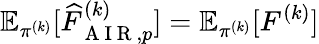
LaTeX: \mathbb{E}_{\pi^{(k)}}[\widehat{F}_{\mathrm{~A~I~R~},p}^{(k)}]=\mathbb{E}_{\pi^{(k)}}[F^{(k)}]